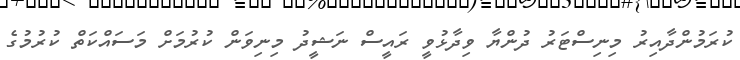
ކުރަމުންދާއިރު މިނިސްޓަރު ދުންޔާ ވިދާޅުވީ ރައީސް ނަޝީދު މިނިވަން ކުރުމަށް މަސައްކަތް ކުރުމުގެ